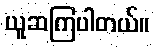
ယူဆကြပါတယ်။